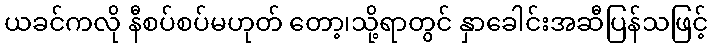
ယခင်ကလို နီစပ်စပ်မဟုတ် တော့၊သို့ရာတွင် နှာခေါင်းအဆီပြန်သဖြင့်